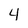
Character: 4